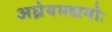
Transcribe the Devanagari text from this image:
अघ्रेयमद्ययोः